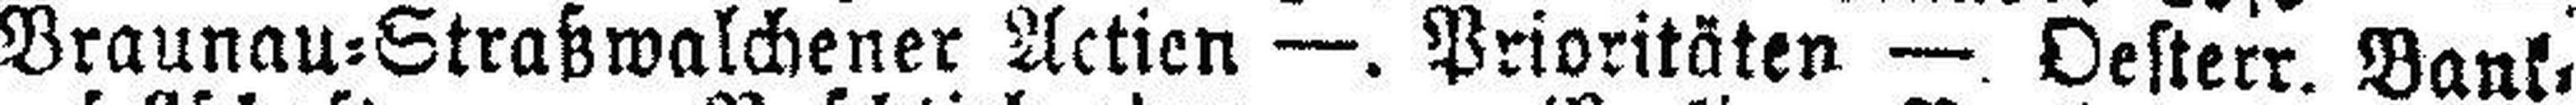
Braunau=Straßwalchener Actien —. Prioritäten —. Oesterr. Bank¬